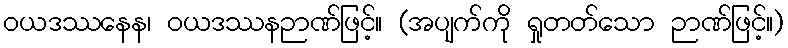
ဝယဒဿနေန၊ ဝယဒဿနဉာဏ်ဖြင့်။ (အပျက်ကို ရှုတတ်သော ဉာဏ်ဖြင့်။)